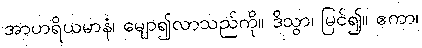
အာဟရိယမာနံ၊ မျော၍လာသည်ကို။ ဒိသွာ၊ မြင်၍။ ဧကာ၊